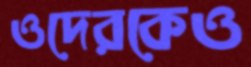
ওদেরকেও